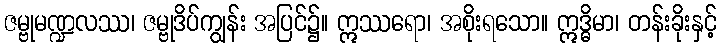
ဇမ္ဗုမဏ္ဍလဿ၊ ဇမ္ဗုဒိပ်ကျွန်း အပြင်၌။ ဣဿရော၊ အစိုးရသော။ ဣဒ္ဓိမာ၊ တန်းခိုးနှင့်